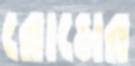
রোমের